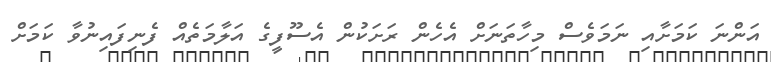
އަންނަ ކަމަށާއި ނަމަވެސް މިހާތަނަށް އެހެން ރަށަކުން އެސޫފީގެ އަލާމަތެއް ފެނިފައިނުވާ ކަމަށް